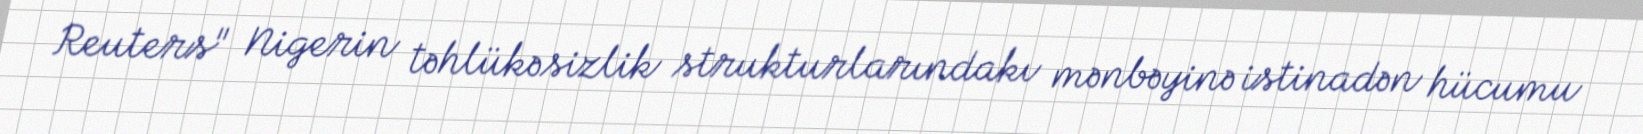
Reuters" Nigerin təhlükəsizlik strukturlarındakı mənbəyinə istinadən hücumu